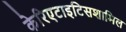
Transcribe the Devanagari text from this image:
केरिएटाइटिसशामिल